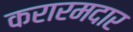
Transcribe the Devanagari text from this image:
करारमदार